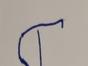
Signature authenticity: forged